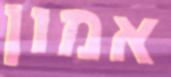
אמון